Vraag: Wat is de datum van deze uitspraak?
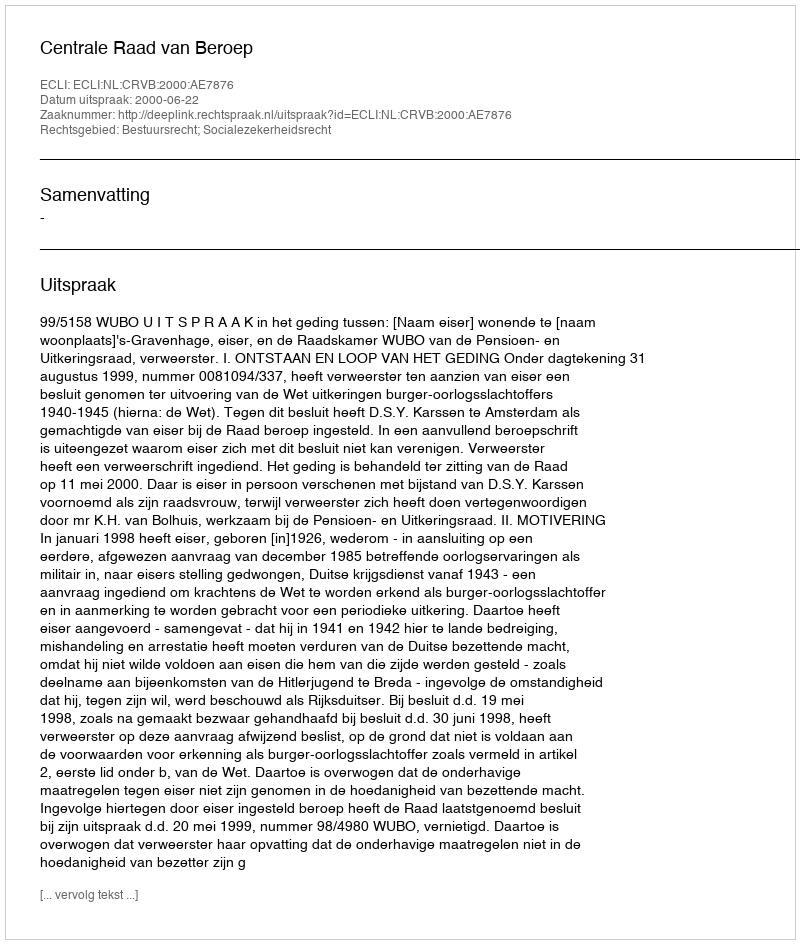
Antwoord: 2000-06-22